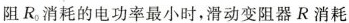
阻 R_{0} 耗的电功率最小时，滑动变阻器R消耗